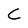
Character: C